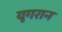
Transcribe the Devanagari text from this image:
यूगरान